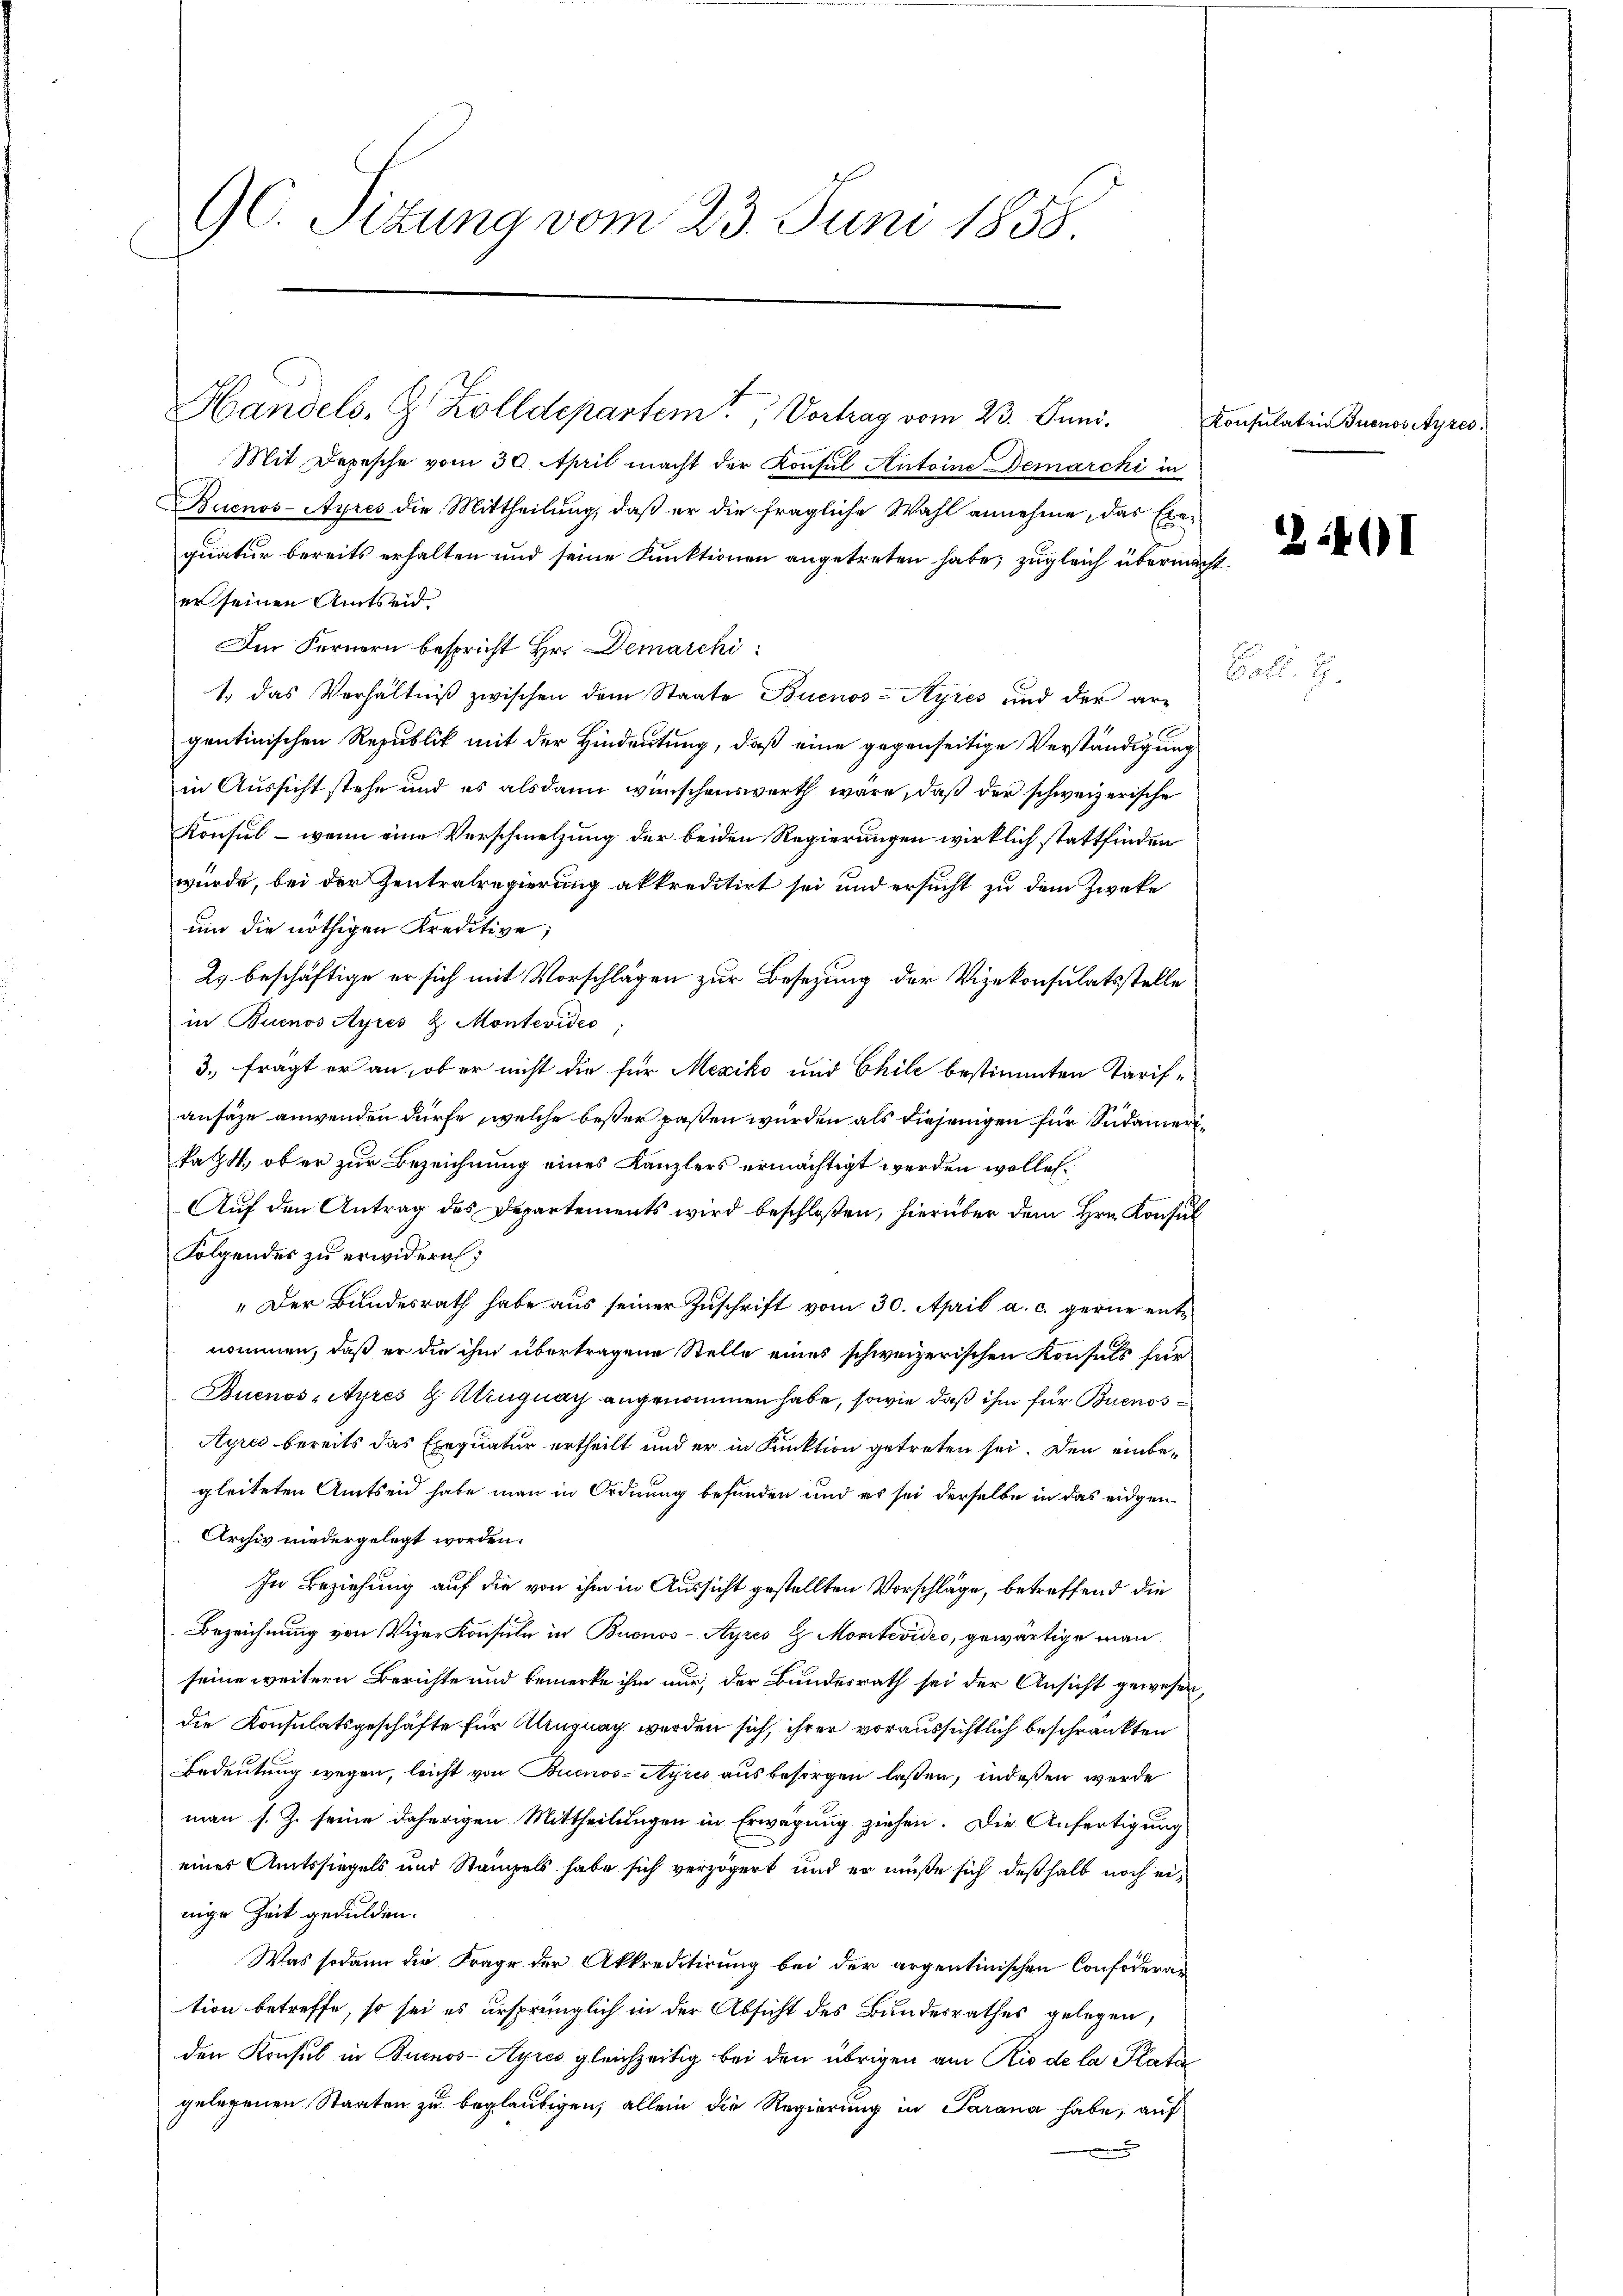
GC. Sitzung vom 23. Juni 1858.

Handels. Z. Zolldepartem Vortrag vom 23. Juni.
Mit Depesche vom 30. April macht der Konsul Antoine Demarcki in
Buenos-Ayres die Mittheilung, daß er die fragliche Wahl annehme, das Exequatur bereits erhalten und seine Funktionen angetreten habe; zugleich übermacht.
er seinen Amtseid.
Im Fernern bespricht Hr. Demarchi
1. das Verhältniβ zwischen dem Staate Buenos-Ayres und der ar-
gentinischen Republik mit der Hindeutung, daß eine gegenseitige Verständigung
in Aussicht stehe und es alsdann wünschenswerth wäre, daß der schweizerische
Konsul - wenn eine Verschmelzung der beiden Regierungen wirklich stattfinden
würde, bei der Zentralregierung akkreditirt sei und ersucht zu dem Zweke
um die nöthigen Kreditive;
2. beschäftige er sich mit Vorschlägen zur Besetzung der Vizekonsulatsstelle
in Buenos Ayres & Montevides
3. frägt er an, ob er nicht die für Mexiko und Chile bestimmten Tarifansäze anwenden dürfe, welche bester passen wurden als diejenigen für Südamerikat 4, ob er zur Bezeichnung eines Kanzlers ermächtigt werden wolle.
Aŭf den Antrag des Departements wird beschloßen, hierüber dem Hrn. Konsul
Folgendes zu erwidern;
„Der Bundesrath habe aus seiner Zuschrift vom 30. April a. c. gerne entnommen, daß er die ihm übertragene Stelle eines schweizerischen Konsuls für
Buenos-Ayres & Auguay angenommen habe, sowie daß ihm für Buenos¬
Ayres bereits das Exequatur ertheilt und er in Funktion getreten sei. Den einbegleiteten Amtseid habe man in Ordnung befunden und es sei derselbe in das eidgen
Archiv niedergelegt worden.
In Beziehung auf die von ihm in Aussicht gestellten Vorschläge, betreffend die
Bezeichnung von Vizer Konsuln in Buenos-Ayres H. Montevideo, gewärtige man
seine weitern Berichte und bemerke ihm nur, der Bundesrath sei der Ansicht gewesen,
die Konsulatsgeschäfte für Klingung werden sich, ihrer voraussichtlich beschränkten
Bedeutung wegen, leicht von Buenos-Ayres aus besorgen lassen, indeßen werde
man s. Z. seine daherigen Mittheilungen in Erwägung ziehen. Die Anfertigung
eines Amtssiegels und Stampels habe sich verzögert und er müße sich deßhalb noch einige Zeit gedulden.
Was sodann die Frage der Akkreditirung bei der argentinischen Confoderan
tion betreffe, so sei es ursprünglich in der Absicht des Bundesrathes gelegen,
den Konsul in Buenos-Ayres gleichzeitig bei den übrigen am Rio de la Plata
gelegenen Staaten zu beglaubigen, allein die Regierung in Parana habe, auf

Konsulatin Juenossyres.

2401

Eall.